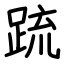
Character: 䟽